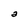
Character: a